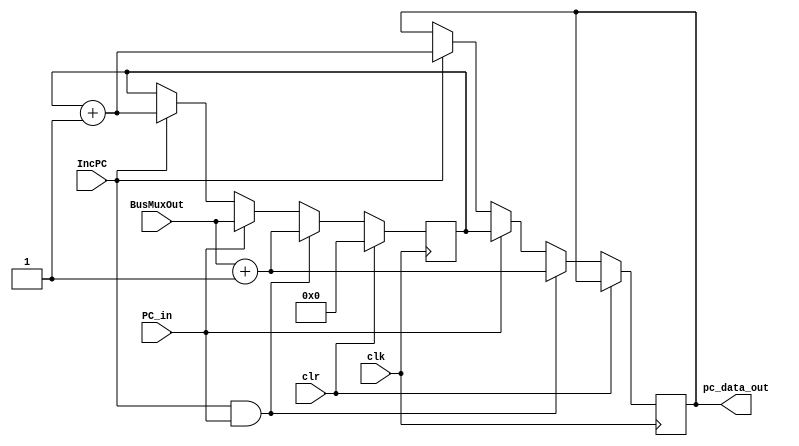

`timescale 1ns/10ps
module pc_reg_32(clk, clr, IncPC, PC_in, BusMuxOut, pc_data_out);
	input clr, clk, IncPC, PC_in;
	input [31:0] BusMuxOut;
	output reg [31:0] pc_data_out;
	
	reg [31:0] RegValue;
	
initial RegValue = 0;
initial pc_data_out = 0;
	
	
always@(posedge clk)
	begin
		if (clk) begin
			if(clr)
				RegValue <= 32'b0;
			else begin
				if(IncPC && PC_in) begin
					RegValue = BusMuxOut + 1;
					pc_data_out = RegValue;
				end
				else if(PC_in) begin
					RegValue <= BusMuxOut;
					pc_data_out <= RegValue;
				end
				else if(IncPC)begin
					RegValue = RegValue + 1;
					pc_data_out <= RegValue;
				end
			end
		end
	end
endmodule